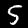
Digit: 5